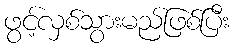
ဖွင့်လှစ်သွားမည်ဖြစ်ပြီး